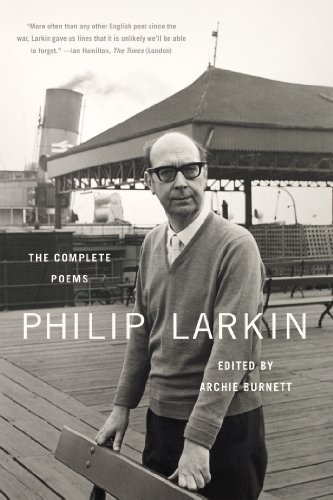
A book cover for The Complete Poems; Philip Larkin; Literature & Fiction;